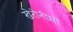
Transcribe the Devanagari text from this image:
खेरोनीमो